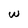
Character: W